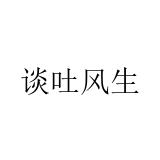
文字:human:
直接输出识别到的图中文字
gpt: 谈吐风生